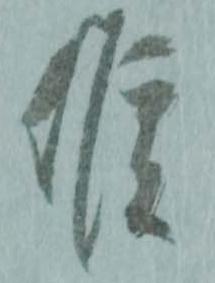
候